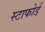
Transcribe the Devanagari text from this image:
स्टाफोर्ड